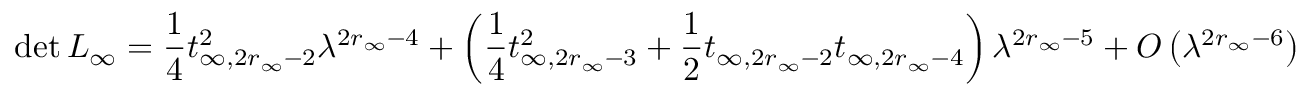
\operatorname* { d e t } L _ { \infty } = \frac { 1 } { 4 } t _ { \infty , 2 r _ { \infty } - 2 } ^ { 2 } \lambda ^ { 2 r _ { \infty } - 4 } + \left( \frac { 1 } { 4 } t _ { \infty , 2 r _ { \infty } - 3 } ^ { 2 } + \frac { 1 } { 2 } t _ { \infty , 2 r _ { \infty } - 2 } t _ { \infty , 2 r _ { \infty } - 4 } \right) \lambda ^ { 2 r _ { \infty } - 5 } + O \left( \lambda ^ { 2 r _ { \infty } - 6 } \right)